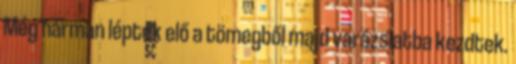
Még hárman léptek elő a tömegből majd varázslatba kezdtek.